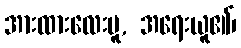
အားထားလေးမူ, အရေးယူ၏၊